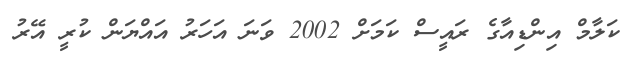
ކަލާމް އިންޑިއާގެ ރައީސް ކަމަށް 2002 ވަނަ އަހަރު އައްޔަން ކުރީ އޭރު